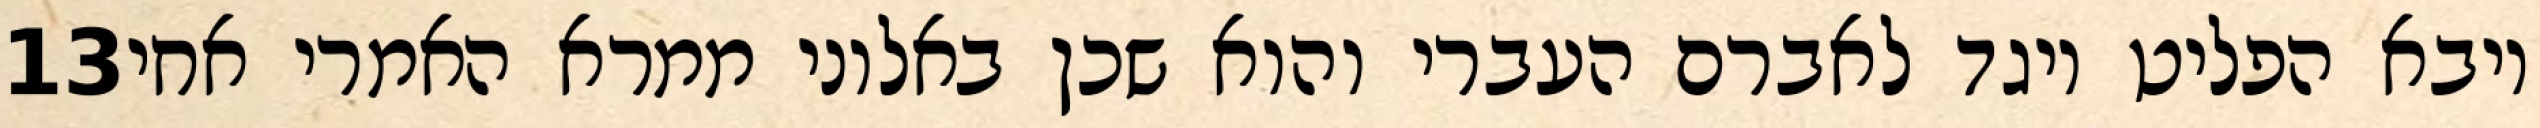
‎13‏ ויבא הפליט ויגד לאברם העברי והוא שכן באלוני ממרא האמרי אחי